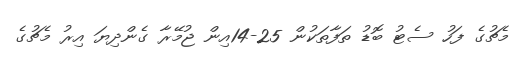
މެޗުގެ ފަހު ސެޓު ބޮޑު ތަފާތަކުން 25-14އިން ޖުމޭރާ ގެންދިޔަ އިރު މެޗުގެ